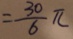
= \frac { 3 0 } { 6 } \pi